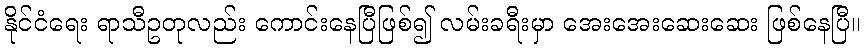
နိုင်ငံရေး ရာသီဥတုလည်း ကောင်းနေပြီဖြစ်၍ လမ်းခရီးမှာ အေးအေးဆေးဆေး ဖြစ်နေပြီ။